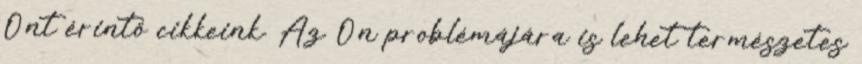
Önt érintő cikkeink. Az Ön problémájára is lehet természetes